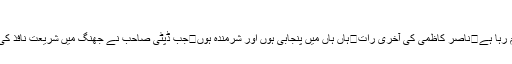
مقدس گائے اور آپریشن رد الفراڈ
افغانستان سلطنتوں کا قبرستان نہیں بلکہ ان کا غلام رہا ہے	ناصر کاظمی کی آخری رات	ہاں ہاں میں پنجابی ہوں اور شرمندہ ہوں	جب ڈپٹی صاحب نے جھنگ میں شریعت نافذ کی	کیا صرف پنجاب میں ہی پشتون نشانے پر ہیں؟